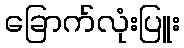
ခြောက်လုံးပြူး